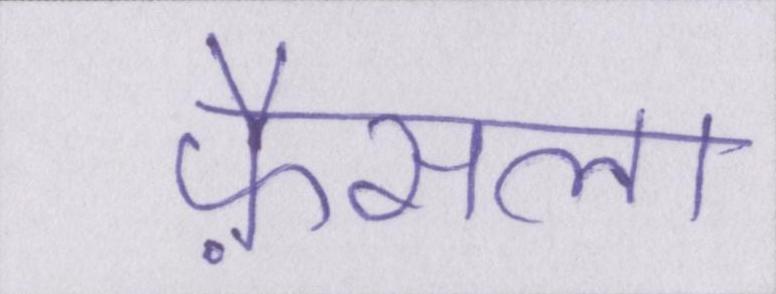
फ़ैसला